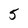
Character: 5